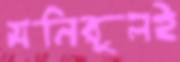
মনিরুলই